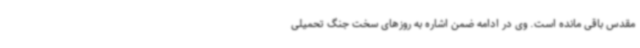
مقدس باقی مانده است. وی در ادامه ضمن اشاره به روزهای سخت جنگ تحمیلی